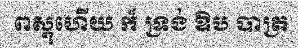
ពស្តុហើយ ក៏ ទ្រង់ ឱប បាត្រ